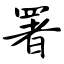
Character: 署